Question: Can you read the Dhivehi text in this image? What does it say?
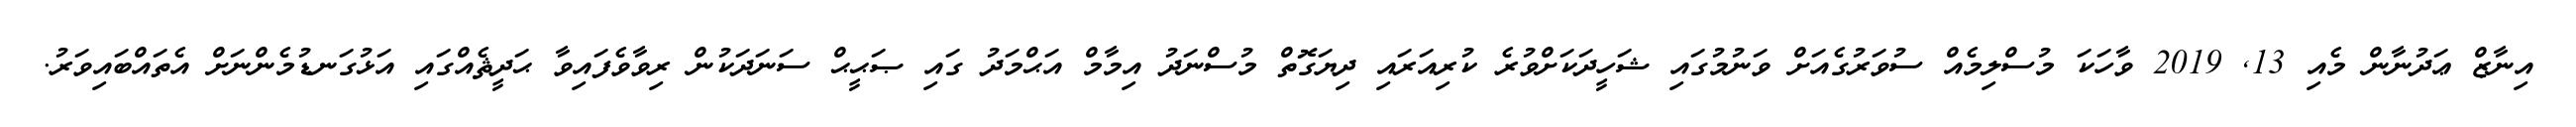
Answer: އިނާޒް ޢަދުނާން މެއި 13, 2019 ވާހަކަ މުސްލިމެއް ސުވަރުގެއަށް ވަނުމުގައި ޝަހީދަކަށްވުރެ ކުރިއަރައި ދިޔަގޮތް މުސްނަދު އިމާމް އަޙްމަދު ގައި ޞަޙީޙް ސަނަދަކުން ރިވާވެފައިވާ ޙަދީޘެއްގައި އަޅުގަނޑުމެންނަށް އެތައްބައިވަރު.